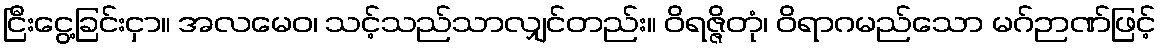
ငြီးငွေ့ခြင်းငှာ။ အလမေဝ၊ သင့်သည်သာလျှင်တည်း။ ဝိရဇ္ဇိတုံ၊ ဝိရာဂမည်သော မဂ်ဉာဏ်ဖြင့်